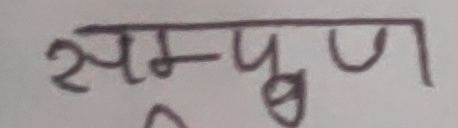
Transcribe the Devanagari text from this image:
सम्पूर्ण